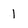
Character: 1